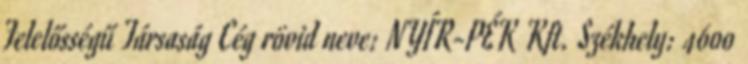
Felelősségű Társaság Cég rövid neve: NYÍR-PÉK Kft. Székhely: 4600